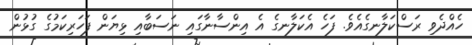
ހެއްދެވި ރަސްކަލާނގެއެވެ. ފަހެ އެކަލާނގެ އެ އިންސާނާގައި ނަސަބާއި ޅިޔަން ފަހަރިކަމުގެ ގުޅުން